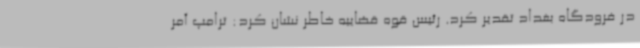
در فرودگاه بغداد تقدیر کرد. رئیس قوه قضاییه خاطر نشان کرد: ترامپ آمر